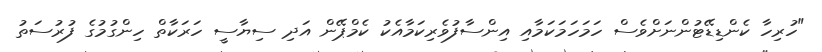
"ހުރިހާ ކެންޑިޑޭޓުންނަށްވެސް ހަމަހަމަކަމާއި އިންސާފުވެރިކަމާއެކު ކެމްޕޭން އަދި ސިޔާސީ ހަރަކާތް ހިންގުމުގެ ފުރުސަތު